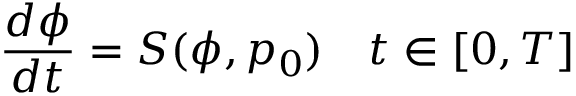
\frac { d \phi } { d t } = S ( \phi , p _ { 0 } ) \quad t \in [ 0 , T ]